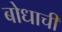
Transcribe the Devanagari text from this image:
बोधाची